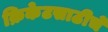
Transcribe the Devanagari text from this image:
क्रिकेटसाठीचे